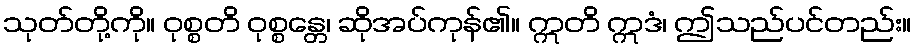
သုတ်တို့ကို။ ဝုစ္စတိ ဝုစ္စန္တေ၊ ဆိုအပ်ကုန်၏။ ဣတိ ဣဒံ၊ ဤသည်ပင်တည်း။